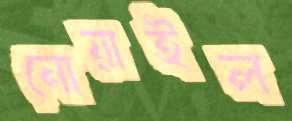
নোয়াইল